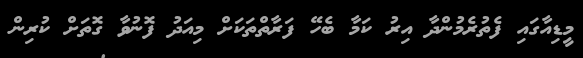
މީޑިއާގައި ފެތުރެމުންދާ އިރު ކަމާ ބެހޭ ފަރާތްތަކަށް މިއަދު ފޮނުވާ ގޮތަށް ކުރިން